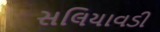
સલિયાવડી